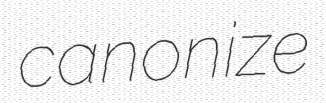
canonize